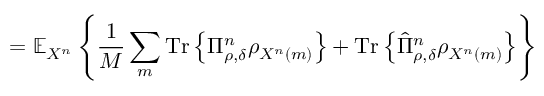
= \mathbb { E } _ { X ^ { n } } \left\{ { \frac { 1 } { M } } \sum _ { m } { \mathrm { T r } } \left\{ \Pi _ { \rho , \delta } ^ { n } \rho _ { X ^ { n } \left( m \right) } \right\} + { \mathrm { T r } } \left\{ { \hat { \Pi } } _ { \rho , \delta } ^ { n } \rho _ { X ^ { n } \left( m \right) } \right\} \right\}